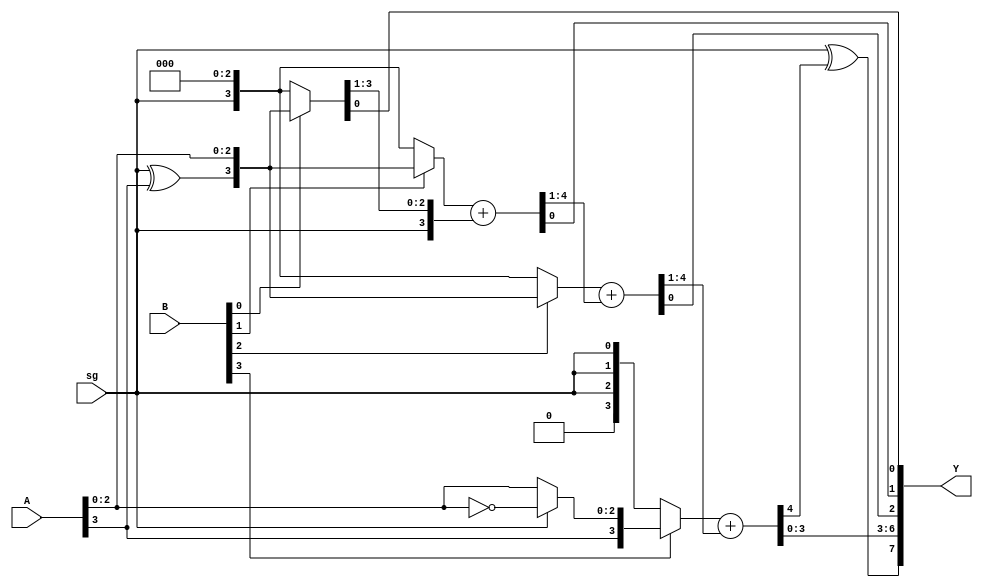
// Signed Multiplier 
// Parallel Multiplier 
// A size is N and B size is M
// ---- Written by Bhanu Prakash Reddy ---

module Array_MUL_Sign #(parameter M=4,N=4)(A,B,sg,Y);
    input [N-1:0]A;
    input [M-1:0]B;
    input sg;
    output [M+N-1:0]Y;
    
   
    // Declare partial products terms, Total partial products are M
	wire [N-1:0]P[0:M-1]; // Bits-size of each partial product is N-bits
	wire [N-1:0]S[0:M-1]; // 

// Generate partial products 


generate
genvar i;
    for(i=0;i<M-1;i=i+1)
    begin:partial_products_gen
    	assign P[i] = B[i] ? {sg^A[N-1],A[N-2:0]}:{sg,{(N-1){1'B0}}};
    end
endgenerate
assign P[M-1] = B[M-1]?{A[N-1],sg?~(A[N-2:0]):A[N-2:0]}:{1'B0,{(N-1){sg}}};

// Add partial products 
    assign {S[0], Y[0]} = {sg, P[0]}; 



generate 
genvar j; 
	for(j = 0; j < M-1; j = j + 1)
	begin: Add_partial_products
		assign {S[j+1], Y[j+1]} = P[j+1] + S[j]; 
	end
endgenerate



wire t; //used store the MSB bit of the result

wire [N+M-1:M]Q; //To store the intermediate result

assign Q[N+M-1:M] = S[M-1];
assign t = sg^Q[N+M-1]; // xor operation of MSB and sign selection bit
assign Y[N+M-1:M] = {t,Q[N+M-2:M]};

endmodule